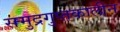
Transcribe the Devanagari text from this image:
समुद्रगुप्तकालीन